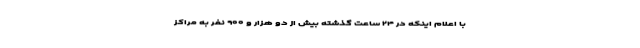
با اعلام اینکه در ۲۴ ساعت گذشته بیش از دو هزار و ۹۰۰ نفر به مراکز